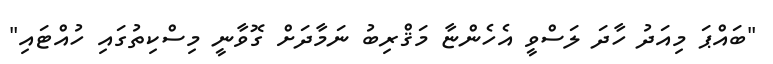
"ބައްޕަ މިއަދު ހާދަ ލަސްވީ އެހެންޏާ މަޤްރިބު ނަމާދަށް ގޮވާނީ މިސްކިތުގައި ހުއްޓައި"